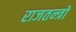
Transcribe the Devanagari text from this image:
राजतन्त्रों